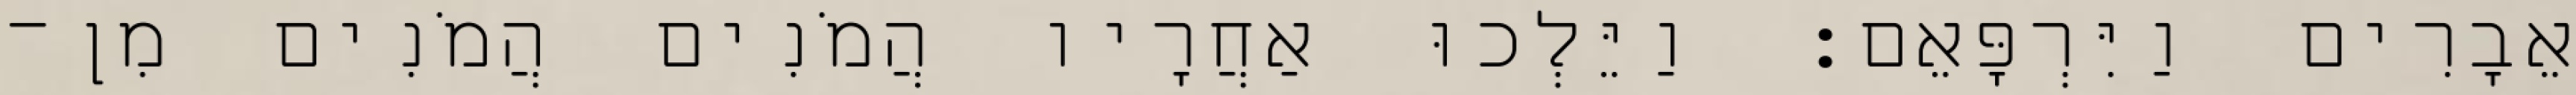
אֵבָרִים וַיִּרְפָּאֵם׃ וַיֵּלְכוּ אַחֲרָיו הֲמֹנִים הֲמֹנִים מִן־